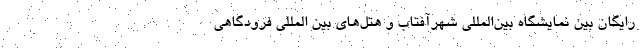
رایگان بین نمایشگاه بین‌المللی شهرآفتاب و هتل‌های بین المللی فرودگاهی